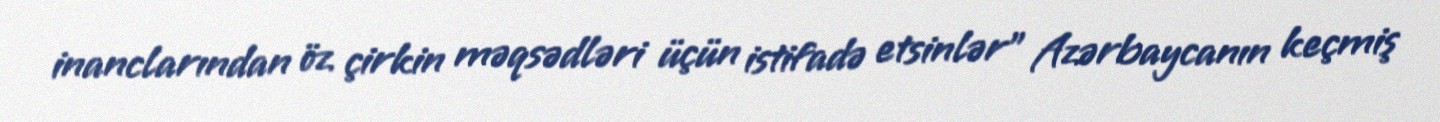
inanclarından öz çirkin məqsədləri üçün istifadə etsinlər” Azərbaycanın keçmiş